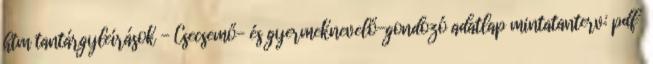
htm tantárgyleírások - Csecsemő- és gyermeknevelő-gondozó adatlap mintatanterv: pdf